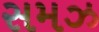
સમઝ